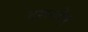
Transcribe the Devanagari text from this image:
दशस्त्रेषू